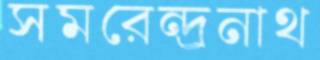
সমরেন্দ্রনাথ